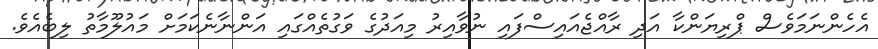
އެހެންނަމަވެސް ޕްރިޔަންކާ އަދި ރާއްޖެއައިސްފައި ނުވާއިރު މިއަދުގެ ވަގުތެެއްގައި އަންނާނެކަމަށް މައުލޫމާތު ލިބެއެވެ.